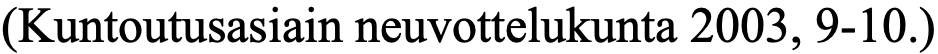
(Kuntoutusasiain neuvottelukunta 2003, 9-10.)